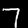
Digit: 7